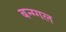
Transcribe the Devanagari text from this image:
बन्ग्गल